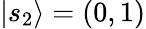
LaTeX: |s_{2}\rangle=(0,1)